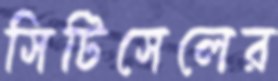
সিটিসেলের